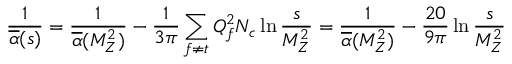
\frac 1 { \overline { { { \alpha } } } ( s ) } = \frac 1 { \overline { { { \alpha } } } ( M _ { Z } ^ { 2 } ) } - \frac 1 { 3 \pi } \sum _ { f \neq t } Q _ { f } ^ { 2 } N _ { c } \ln \frac s { M _ { Z } ^ { 2 } } = \frac 1 { \overline { { { \alpha } } } ( M _ { Z } ^ { 2 } ) } - \frac { 2 0 } { 9 \pi } \ln \frac s { M _ { Z } ^ { 2 } }